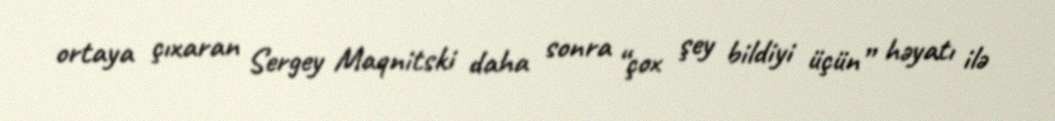
ortaya çıxaran Sergey Maqnitski daha sonra “çox şey bildiyi üçün” həyatı ilə